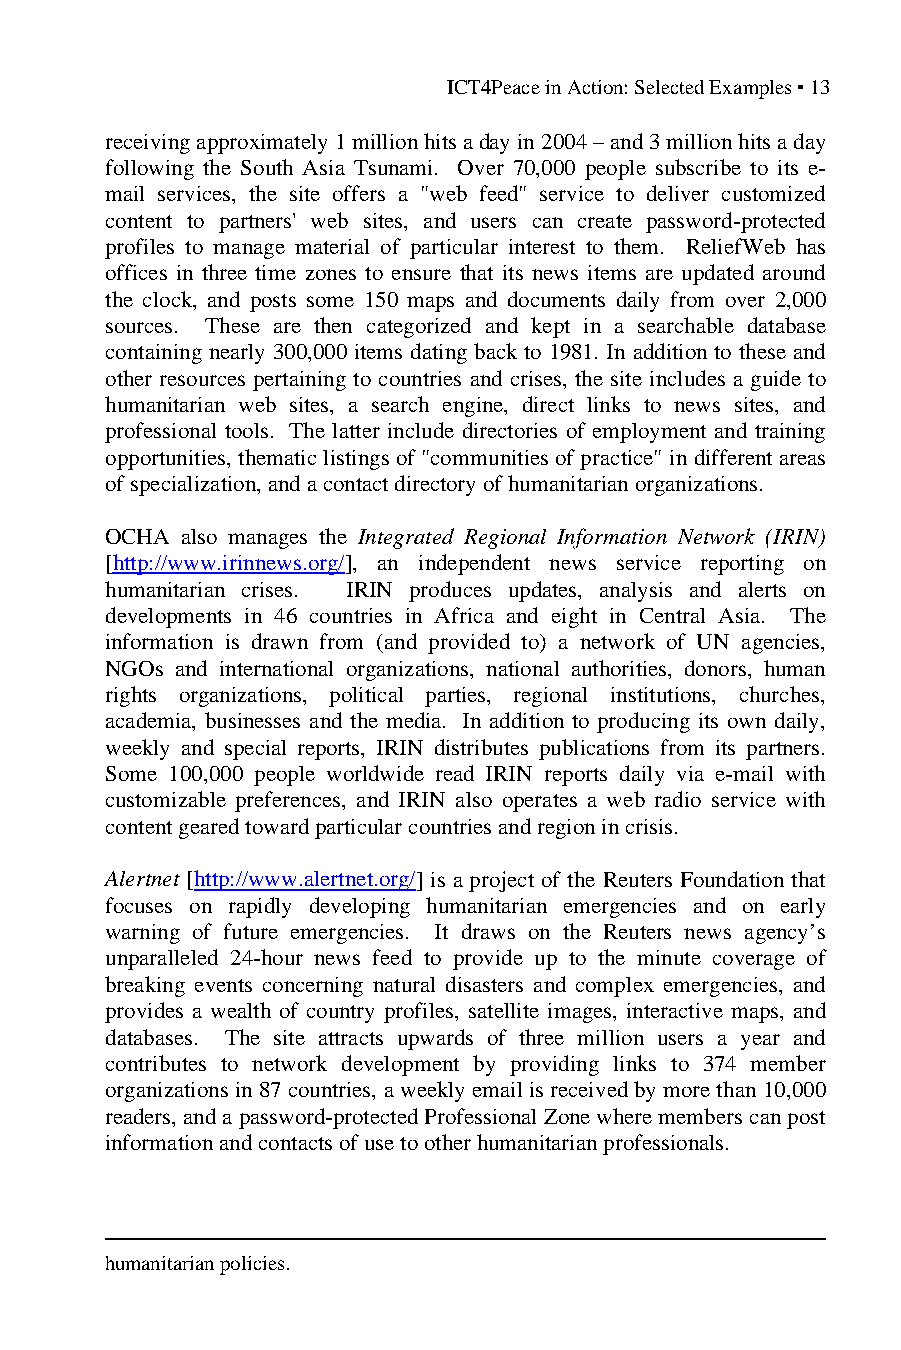
ICT4Peace in Action: Selected Examples ▪ 13
 receiving approximately 1 million hits a day in 2004 – and 3 million hits a day
 following the South Asia Tsunami. Over 70,000 people subscribe to its e-
 mail services, the site offers a "web feed" service to deliver customized
 content to partners' web sites, and users can create password-protected
 profiles to manage material of particular interest to them. ReliefWeb has
 offices in three time zones to ensure that its news items are updated around
 the clock, and posts some 150 maps and documents daily from over 2,000
 sources. These are then categorized and kept in a searchable database
 containing nearly 300,000 items dating back to 1981. In addition to these and
 other resources pertaining to countries and crises, the site includes a guide to
 humanitarian web sites, a search engine, direct links to news sites, and
 professional tools. The latter include directories of employment and training
 opportunities, thematic listings of "communities of practice" in different areas
 of specialization, and a contact directory of humanitarian organizations.
 OCHA also manages the Integrated Regional Information Network (IRIN)
 [http://www.irinnews.org/], an independent news service reporting on
 humanitarian crises. IRIN produces updates, analysis and alerts on
 developments in 46 countries in Africa and eight in Central Asia. The
 information is drawn from (and provided to) a network of UN agencies,
 NGOs and international organizations, national authorities, donors, human
 rights organizations, political parties, regional institutions, churches,
 academia, businesses and the media. In addition to producing its own daily,
 weekly and special reports, IRIN distributes publications from its partners.
 Some 100,000 people worldwide read IRIN reports daily via e-mail with
 customizable preferences, and IRIN also operates a web radio service with
 content geared toward particular countries and region in crisis.
 Alertnet [http://www.alertnet.org/] is a project of the Reuters Foundation that
 focuses on rapidly developing humanitarian emergencies and on early
 warning of future emergencies. It draws on the Reuters news agency’s
 unparalleled 24-hour news feed to provide up to the minute coverage of
 breaking events concerning natural disasters and complex emergencies, and
 provides a wealth of country profiles, satellite images, interactive maps, and
 databases. The site attracts upwards of three million users a year and
 contributes to network development by providing links to 374 member
 organizations in 87 countries, a weekly email is received by more than 10,000
 readers, and a password-protected Professional Zone where members can post
 information and contacts of use to other humanitarian professionals.
 humanitarian policies.